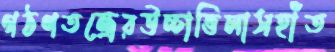
গঠণতন্ত্রেরউচ্চাভিলাসহাঁত